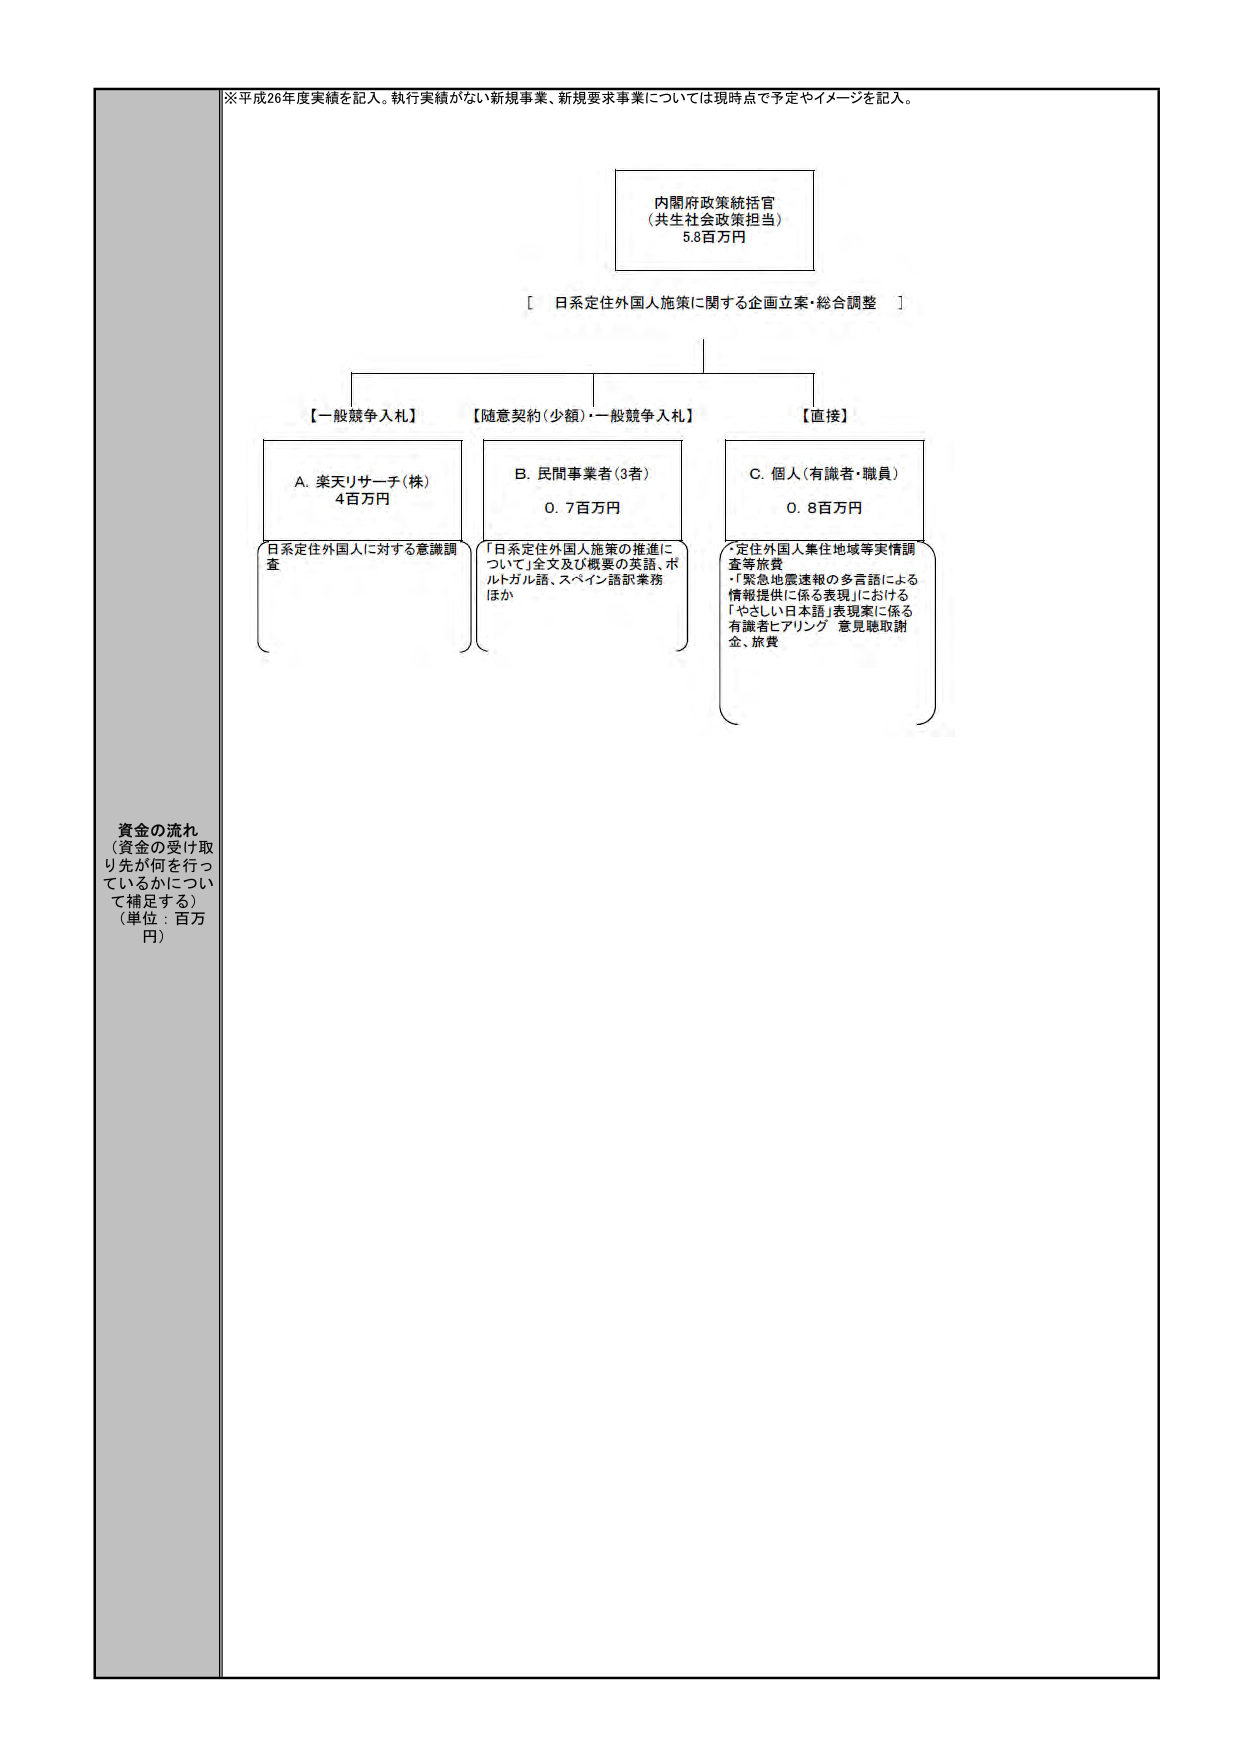
※平成26年度実績を記入。執行実績がない新規事業、新規要求事業については現時点で予定やイメージを記入。

内閣府政策統括官
（共生社会政策担当）
5.8百万円

［ 日系定住外国人施策に関する企画立案・総合調整 ］

【一般競争入札】
A. 楽天リサーチ（株）
4百万円
日系定住外国人に対する意識調査

【随意契約（少額）・一般競争入札】
B. 民間事業者（3者）
0.7百万円
「日系定住外国人施策の推進について」全文及び概要の英語、ポルトガル語、スペイン語訳業務ほか

【直接】
C. 個人（有識者・職員）
0.8百万円
・定住外国人集住地域等実情調査等旅費
・「緊急地震速報の多言語による情報提供に係る表現」における「やさしい日本語」表現案に係る有識者ヒアリング 意見聴取謝金、旅費

資金の流れ
（資金の受け取り先が何を行っているかについて補足する）
（単位：百万円）